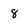
Character: 8